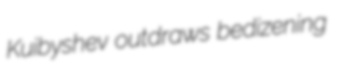
Kuibyshev outdraws bedizening